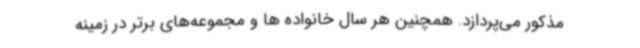
مذکور می‌پردازد. همچنین هر سال خانواده ها و مجموعه‌های برتر در زمینه